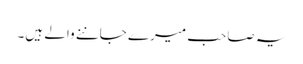
یہ صاحب میرے جاننے والے ہیں۔